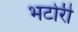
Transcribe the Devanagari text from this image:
भटोरी